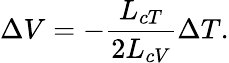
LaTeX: \Delta V=-\frac{L_{cT}}{2L_{cV}}\Delta T.